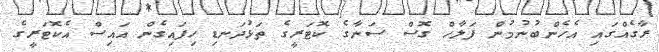
ރާގެއްގައި އެހެންބުނުމުން ފަލާހް ގޮސް ސަނާގެ ކޮޓަރީގެ ތަޅުދަނޑި ހިފައިގެން އައިސް އެކޮޓަރީގެ